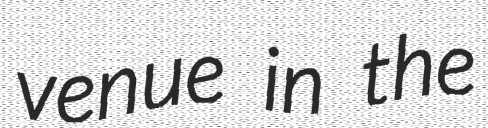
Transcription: venue in the